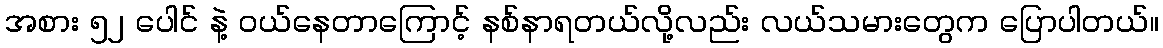
အစား ၅၂ ပေါင် နဲ့ ဝယ်နေတာကြောင့် နစ်နာရတယ်လို့လည်း လယ်သမားတွေက ပြောပါတယ်။